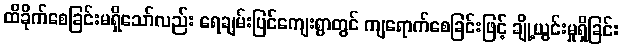
ထိခိုက်စေခြင်းမရှိသော်လည်း ရေချမ်းပြင်ကျေးရွာတွင် ကျရောက်စေခြင်းဖြင့် ချို့ယွင်းမှုရှိခြင်း